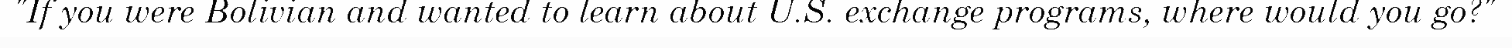
"If you were Bolivian and wanted to learn about U.S. exchange programs, where would you go?"